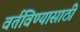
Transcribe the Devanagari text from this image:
वर्तविण्यासाठी